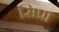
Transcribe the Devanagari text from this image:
सिप्रा